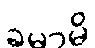
ခမာမိ